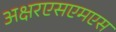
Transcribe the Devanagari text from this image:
अक्षरएसएमएस